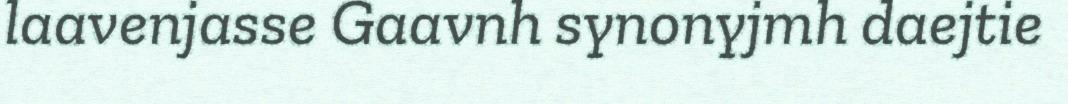
laavenjasse Gaavnh synonyjmh daejtie